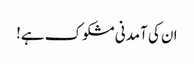
ان کی آمدنی مشکوک ہے!